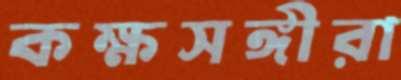
কক্ষসঙ্গীরা